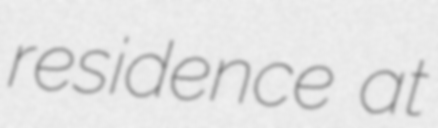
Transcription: residence at